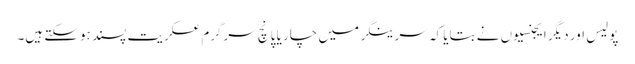
پولیس اور دیگر ایجنسیوں نے بتایا کہ سرینگر میں چار یا پانچ سرگرم عسکریت پسند ہوسکتے ہیں۔